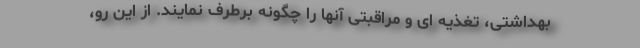
بهداشتی، تغذیه ای و مراقبتی آنها را چگونه برطرف نمایند. از این رو،